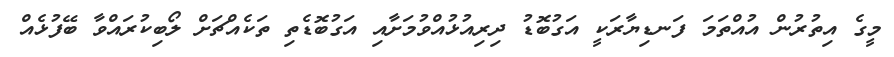
މީގެ އިތުރުން އުއްތަމަ ފަނޑިޔާރަކީ އަގުބޮޑު ދިރިއުޅުއްވުމަށާއި އަގުބޮޑެތި ތަކެއްޗަށް ލޯބިކުރައްވާ ބޭފުޅެއް